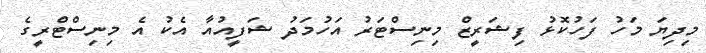
މިދިޔަ މަހު ފަހުކޮޅު ފިޝަރީޒް މިނިސްޓަރު އަހުމަދު ޝަފީއުއާ އެކު އެ މިނިސްޓްރީގެ